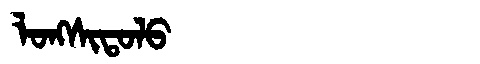
Manchu: ᠯᠣᠩᠰᡳᡨᠣᠯᠣ
Romanization: LONGSITOLO